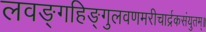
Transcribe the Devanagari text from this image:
लवङ्गहिङ्गुलवणमरीचार्द्रकसंयुतम्॥